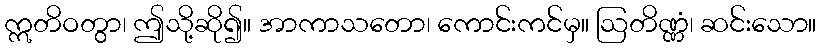
ဣတိဝတွာ၊ ဤသို့ဆို၍။ အာကာသတော၊ ကောင်းကင်မှ။ ဩတိဏ္ဏံ၊ ဆင်းသော။